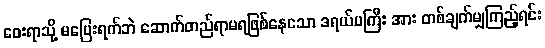
ဝေးရာသို့ မပြေးရက်ဘဲ ဆောက်တည်ရာမရဖြစ်နေသော ဒရယ်မကြီး အား တစ်ချက်မျှကြည့်ရင်း